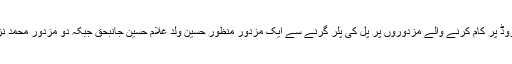
ایک اور حادثے میں ضلع لورالائی کے علاقے کلی وہار میں روڈ پر کام کرنے والے مزدوروں پر پل کی پلر گرنے سے ایک مزدور منظور حسین ولد غلام حسین جانبحق جبکہ دو مزدور محمد نزیر ولد محمد کالو اور نعیم ولد محمد عظیم شدید زخمی ہوگئے۔